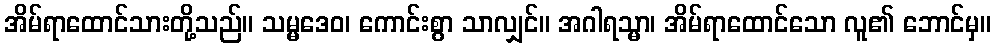
အိမ်ရာထောင်သားတို့သည်။ သမ္မဒေဝ၊ ကောင်းစွာ သာလျှင်။ အဂါရသ္မာ၊ အိမ်ရာထောင်သော လူ၏ ဘောင်မှ။